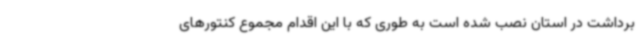
برداشت در استان نصب شده است به طوری که با این اقدام مجموع کنتورهای